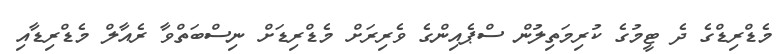
މެޑްރިޑްގެ ދެ ޓީމުގެ ކުރިމަތިލުން ސްޕެއިންގެ ވެރިރަށް މެޑްރިޑަށް ނިސްބަތްވާ ރެއާލް މެޑްރިޑާއި